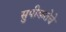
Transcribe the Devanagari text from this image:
सुपीकतेचे